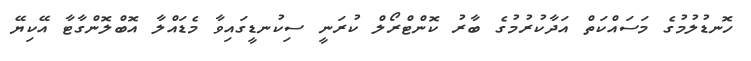
ހޮނޑުލުމުގެ މަސައްކަތް އަދާކުރުމުގެ ބާރު ކޮންޓްރޯލް ކުރަނީ ސިކުނޑީގައިވާ މެޑައްލާ އޮބްލޮންގާޓާ އޭކިޔޭ